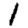
Digit: 1